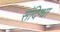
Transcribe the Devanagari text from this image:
संदिग्धा